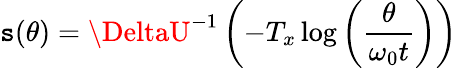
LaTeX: \mathtt{s}(\theta)=\DeltaU^{-1}\left(-T_{x}\log\left(\frac{{\theta}}{{\omega_{0}t}}\right)\right)